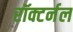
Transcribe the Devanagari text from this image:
रॉक्टर्नल